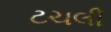
ટચલી